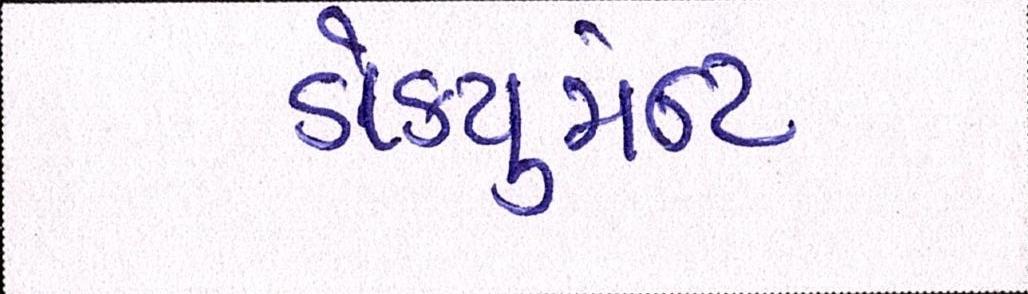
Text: ડોકયુમેન્ટ